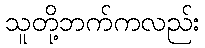
သူတို့ဘက်ကလည်း